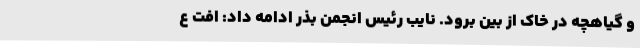
و گیاهچه در خاک از بین برود. نایب رئیس انجمن بذر ادامه داد: افت ع